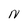
Character: N